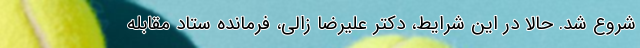
شروع شد. حالا در این شرایط، دکتر علیرضا زالی، فرمانده ستاد مقابله